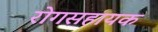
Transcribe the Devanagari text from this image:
रोगसहायक